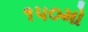
૧૫૦મો